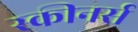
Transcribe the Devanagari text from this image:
स्कीनर्स